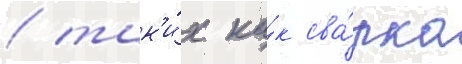
/ так'и́х ка́к сва́рка